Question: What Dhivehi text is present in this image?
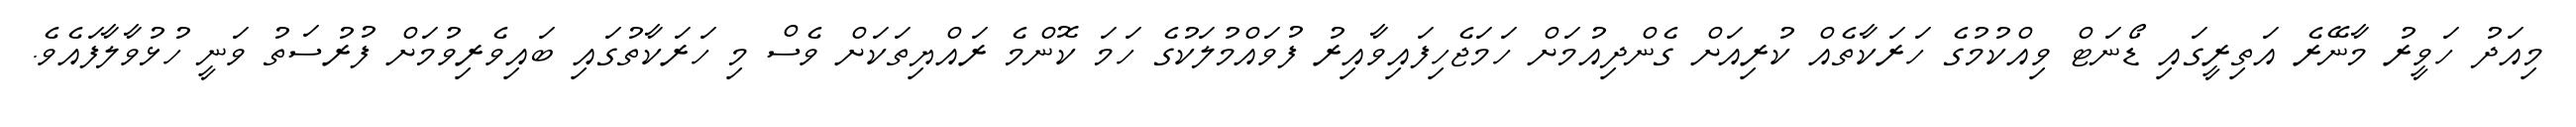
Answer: މިއަދު ހަވީރު މާނޭރެ އަތިރީގައި ޑޯނަޓް ވިއްކުމުގެ ހަރަކާތެއް ކުރިއަށް ގެންދިއުމަށް ހަމަޖެހިފައިވާއިރު ފުވައްމުލަކުގެ ހަމަ ކޮންމެ ރައްޔިތަކަށް ވެސް މި ހަރަކާތުގައި ބައިވެރިވުމަށް ފުރުސަތު ވަނީ ހުޅުވާލާފައެވެ.